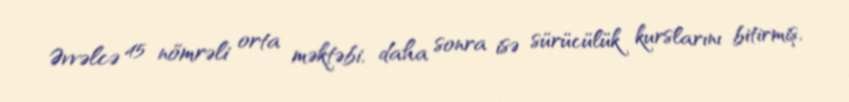
Əvvəlcə 45 nömrəli orta məktəbi, daha sonra isə sürücülük kurslarını bitirmiş,